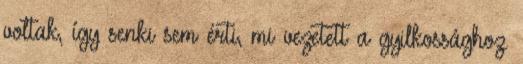
voltak, így senki sem érti, mi vezetett a gyilkossághoz.